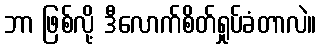
ဘာ ဖြစ်လို့ ဒီလောက်စိတ်ရှုပ်ခံတာလဲ။